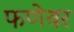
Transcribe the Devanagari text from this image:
फणेवर